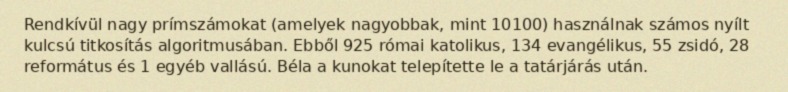
Rendkívül nagy prímszámokat (amelyek nagyobbak, mint 10100) használnak számos nyílt kulcsú titkosítás algoritmusában. Ebből 925 római katolikus, 134 evangélikus, 55 zsidó, 28 református és 1 egyéb vallású. Béla a kunokat telepítette le a tatárjárás után.